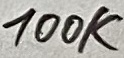
Text: 100K